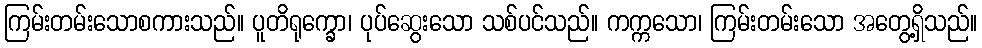
ကြမ်းတမ်းသောစကားသည်။ ပူတိရုက္ခော၊ ပုပ်ဆွေးသော သစ်ပင်သည်။ ကက္ကသော၊ ကြမ်းတမ်းသော အတွေ့ရှိသည်။